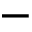
-